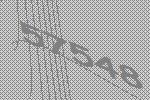
57548